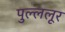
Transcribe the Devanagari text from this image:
पुल्ललूर